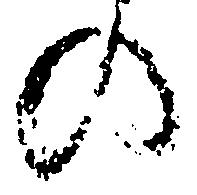
の